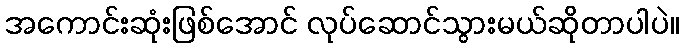
အကောင်းဆုံးဖြစ်အောင် လုပ်ဆောင်သွားမယ်ဆိုတာပါပဲ။